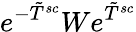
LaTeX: e^{-\tilde{T}^{sc}}We^{\tilde{T}^{sc}}